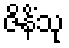
ဇိနိံသု